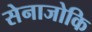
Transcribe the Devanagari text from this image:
सेनाजोकि